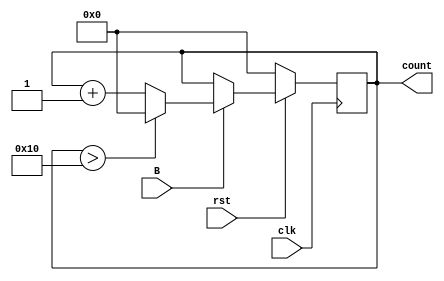
//ECE6370
//HW8
//Button Counter
//After the user presses the button, the counter will increment by 1 for each posedge

module counter(B, rst, clk, count);
	input B, rst, clk;
	output[3:0] count;
	reg[3:0] count;
	
	always @(posedge clk)
	  begin
	    if (rst == 0)
	      begin
	        count <= 0;
	      end
	    else
	      begin
	        if (B == 1)
		  begin
	            if ((count == 16) | (count > 16))
	              begin
		        count <= 0;
		      end
	            else
		      begin
		        count <= count + 1;
		      end
		  end
	        else
		   begin
		  //doing nothing
		   end 
	      end
	   end
endmodule